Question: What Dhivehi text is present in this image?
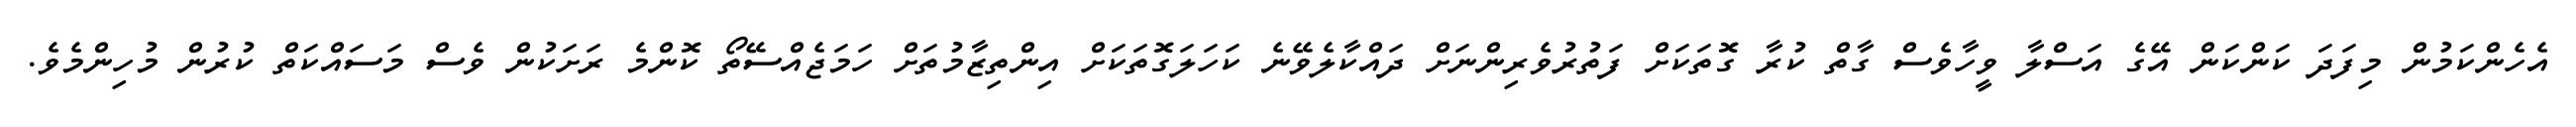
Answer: އެހެންކަމުން މިފަދަ ކަންކަން އޭގެ އަސްލާ ވީހާވެސް ގާތް ކުރާ ގޮތަކަށް ފަތުރުވެރިންނަށް ދައްކާލެވޭނެ ކަހަލަގޮތަކަށް އިންތިޒާމުތަށް ހަމަޖެއްސޭތޯ ކޮންމެ ރަށަކުން ވެސް މަސައްކަތް ކުރުން މުހިންމެވެ.